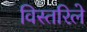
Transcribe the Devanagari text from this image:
विस्तरिले